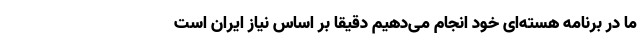
ما در برنامه هسته‌ای خود انجام می‌دهیم دقیقا بر اساس نیاز ایران است